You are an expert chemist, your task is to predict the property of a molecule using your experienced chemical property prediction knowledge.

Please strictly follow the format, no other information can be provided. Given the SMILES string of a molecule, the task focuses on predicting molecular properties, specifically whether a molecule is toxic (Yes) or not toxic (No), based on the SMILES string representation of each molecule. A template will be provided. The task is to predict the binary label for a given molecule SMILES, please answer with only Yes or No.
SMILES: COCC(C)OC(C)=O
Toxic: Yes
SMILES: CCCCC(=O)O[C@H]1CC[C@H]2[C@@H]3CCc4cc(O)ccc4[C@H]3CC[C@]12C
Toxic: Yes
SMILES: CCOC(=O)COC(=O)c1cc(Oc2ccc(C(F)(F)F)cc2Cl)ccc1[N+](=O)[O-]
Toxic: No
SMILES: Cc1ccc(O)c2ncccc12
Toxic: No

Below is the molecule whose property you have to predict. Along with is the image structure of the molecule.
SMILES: CO.COc1cc(Nc2c(C#N)cnc3cc(OCCCN4CCN(C)CC4)c(OC)cc23)c(Cl)cc1Cl
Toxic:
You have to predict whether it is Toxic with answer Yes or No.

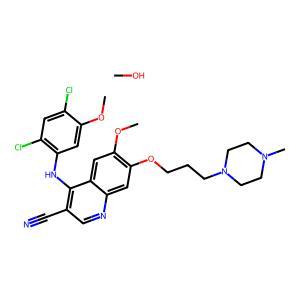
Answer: No